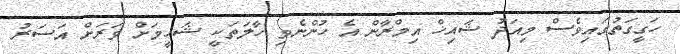
ހަގީގަތުގައިވެސް މިއަދު ޝައިޚް އިމްރާން އެ ހުންނެވި ހާލަތަކީ ޝަހީމަށް ވަރަށް އަސަރު